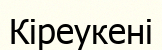
Кіреукені